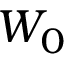
W _ { 0 }